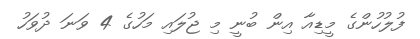
ފުލުހުންގެ މީޑިއާ އިން ބުނީ މި ޖުލައި މަހުގެ 4 ވަނަ ދުވަހު